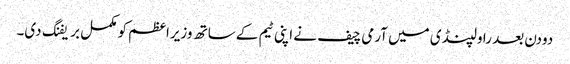
دودن بعد راولپنڈی میں آرمی چیف نے اپنی ٹیم کے ساتھ وزیراعظم کو مکمل بریفنگ دی۔